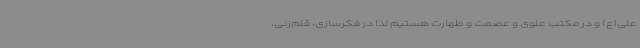
علی(ع) و در مکتب علوی و عصمت و طهارت هستیم لذا در فکرسازی، قلم‌زنی،